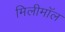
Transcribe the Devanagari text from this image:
मिलीमॉल